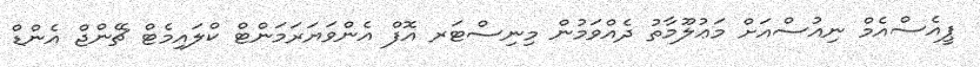
ޕީއެސްއެމް ނިއުސްއަށް މަޢުލޫމާތު ދެއްވަމުން މިނިސްޓަރ އޮފް އެންވަޔަރަމަންޓް ކްލައިމެޓް ޗޭންޖް އެންޑް